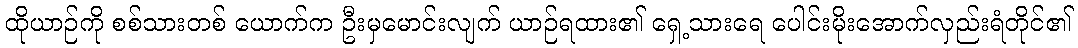
ထိုယာဉ်ကို စစ်သားတစ် ယောက်က ဦးမှမောင်းလျက် ယာဉ်ရထား၏ ရှေ့သားရေ ပေါင်းမိုးအောက်လှည်းရံတိုင်၏